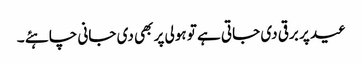
عید پر برقی دی جاتی ہے تو ہولی پر بھی دی جانی چاہئے ۔